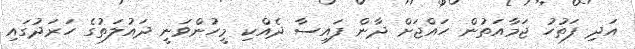
އަދި ފަތުހު ޖަމާއަތުން ހައްޖަށް ދާން ފައިސާ ދެއްކި މީހުންވަނީ ދައުލަތުގެ ހަރަދުގައި